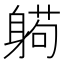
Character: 𰹂